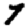
Digit: 7